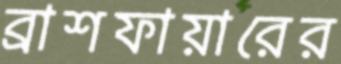
ব্রাশফায়ারের